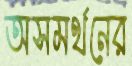
অসমর্থনের